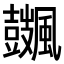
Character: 𩙏